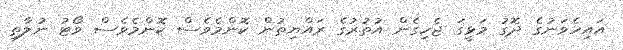
އައިހެވަނުގެ ދޮގު މަޅީގަ ޖެހިގެން އުތުރުގެ ރައްޔިތުން ކޮންމެވެސް ކޮންމެވެސް ވޯޓު ނުލާތި